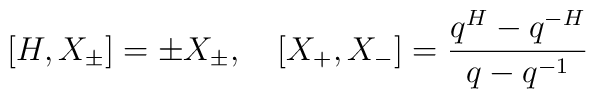
[H,X_\pm]=\pm X_\pm,\quad[X_+,X_-]=\frac{q^H-q^{-H}}{q-q^{-1}}